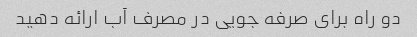
دو راه برای صرفه جویی در مصرف آب ارائه دهید